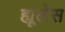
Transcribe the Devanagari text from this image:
ह्यूलेस